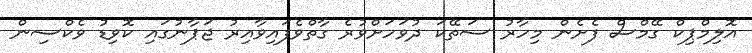
އޮލިމްޕިކް ގޭމްސް ފެށެން މިހާރު ސަތޭކަ ދުވަހަށްވުރެ ގާތްވެފައިވާއިރު ޖަޕާނުގައި ކޮވިޑު ވެކްސިން